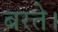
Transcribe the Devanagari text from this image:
बरते।